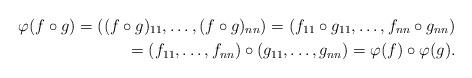
LaTeX: \begin{align*}\varphi (f\circ g) =((f\circ g)_{11},\ldots,(f\circ g)_{nn}) =(f_{11}\circ g_{11},\ldots,f_{nn}\circ g_{nn}) \\ =(f_{11},\ldots,f_{nn})\circ (g_{11},\ldots,g_{nn}) =\varphi (f)\circ \varphi (g).\end{align*}